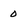
Character: 0